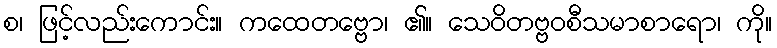
စ၊ ဖြင့်လည်းကောင်း။ ကထေတဗ္ဗော၊ ၏။ သေဝိတဗ္ဗဝစီသမာစာရော၊ ကို။